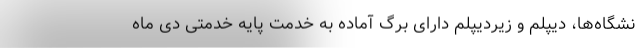
نشگاه‌ها، دیپلم و زیردیپلم دارای برگ آماده به خدمت پایه خدمتی دی ماه